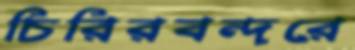
চিরিরবন্দরে